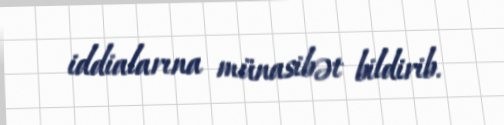
iddialarına münasibət bildirib.